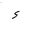
Letter: _hamza